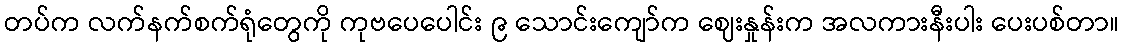
တပ်က လက်နက်စက်ရုံတွေကို ကုဗပေပေါင်း ၉ သောင်းကျော်က ဈေးနှုန်းက အလကားနီးပါး ပေးပစ်တာ။